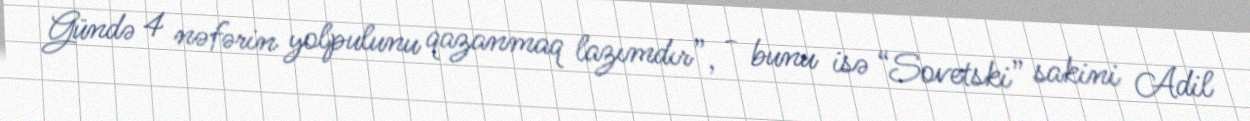
Gündə 4 nəfərin yolpulunu qazanmaq lazımdır”, - bunu isə “Sovetski” sakini Adil